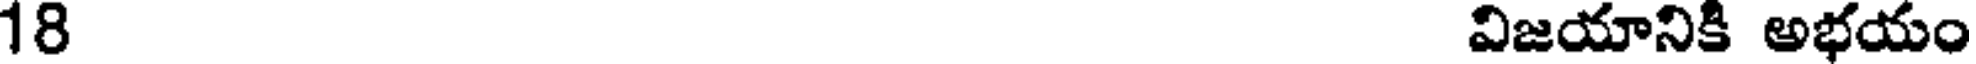
18 విజయానికి అభయం